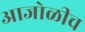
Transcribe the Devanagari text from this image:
आजोळीच